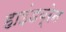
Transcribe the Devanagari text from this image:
हाइंडब्रेन